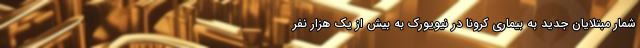
شمار مبتلایان جدید به بیماری کرونا در نیویورک به بیش از یک هزار نفر